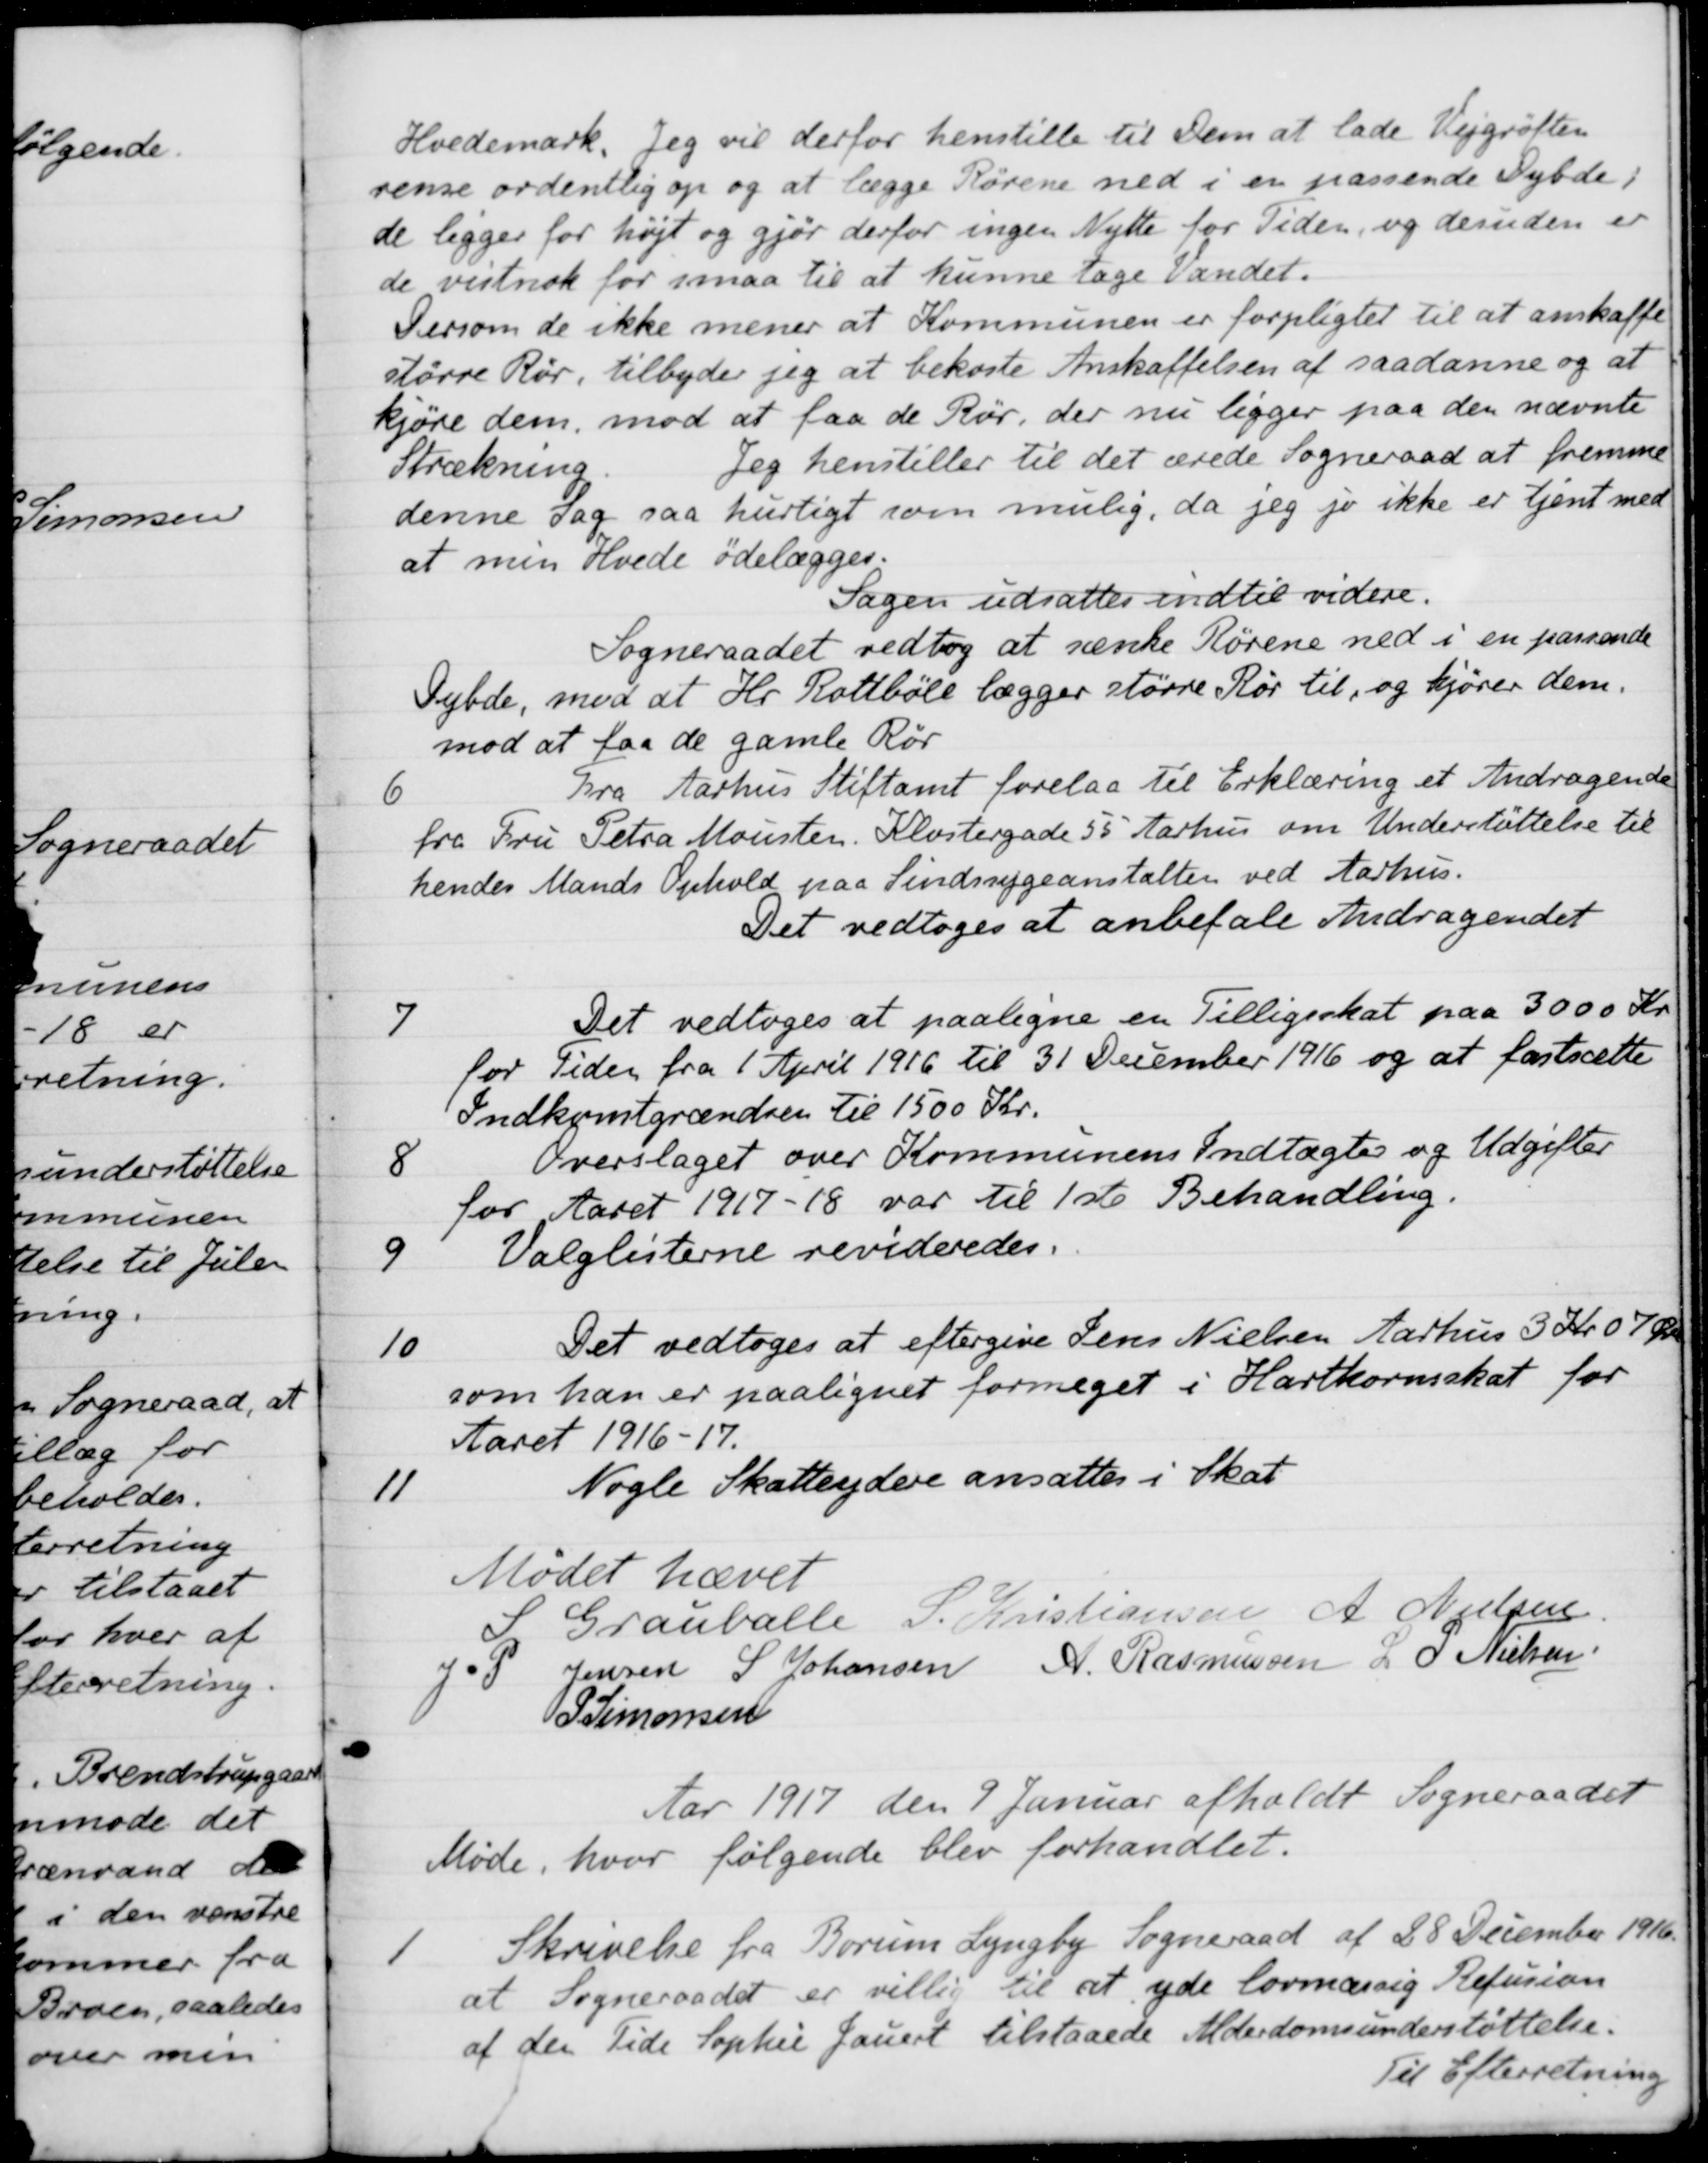
Transskription:
Hvedemark. Jeg vil derfor henstille til Dem at lade Vejgrøften
rense ordentlig op og at lægge Rørene ned i en passende Dybde,
de ligger for højt og gjør derfor ingen Nytte for Tiden, og desuden er
de vistnok for smaa til at kunne tage vandet.
Persom de ikke mener at Kommunen er forpligtet til at anskaffe
større Rør, tilbyder jeg at bekoste Anskaffelsen af saadanne og at
kjøre dem, mod at faa de Rør, der nu ligger paa den nævnte
Strækning Jeg henstiller til det ærede Sogneraad at fremme
denne Sag saa hurtigt som mulig, da jeg jo ikke er tjent med
at min Hvede ødelægges.
Sagen udsattes indtil videre.
Sogneraadet vedtog at sænke Rørene ned i en passende
Fybde, mod at Hr. Rottbøll lægger større Rør til, og kjører dem.
mod at faa de gamle Rør
6
Fra Aarhus Stiftamt forelaa til Erklæring et Andragende
fra Fru Petra Mousten. Klostergade 55 Aarhus om Understøttelse til
hendes Mands Ophold paa Sindssygeanstalten ved Aarhus.
Det vedtoges at anbefale Andragendet
7
Det vedtoges at paaligne en Tilligeskat paa 3000 Kr
for Tiden fra 1 April 1916 til 31 December 1916 og at fastsætte
Indkomtgrændsen til 1500 Kr.
8
Overslaget over Kommunens Indtægter og Udgifter
for Aaret 1917-18 var til 1ste Behandling.
9
Valglisterne revideredes.
10
Det vedtoges at eftergive Jens Nielsen Aarhus 3 Kr. 07 Øre
som han er paalignet formeget i Hartkornsskat for
Aaret 1916-17.
11
Nogle Skatteydere ansattes i Skat
Mødet hævet
S Grauballe
S. Kristiansen
A. Nielsen
J. P. Jensen
L Johansen
A. Rasmussen
L P Nielsen
P Simonsen
Aar 1917 den 9 Januar afholdt Sogneraadet
Møde, hvor følgende blev forhandlet.
1
Skrivelse fra Borum Lyngby Sogneraad af 28 December 1916.
at Sogneraadet er villig til at yde lovmæssig Refusion
af den Tide Sophie Jauert tilstaaede Alderdomsunderstøttelse.
Til Efterretning